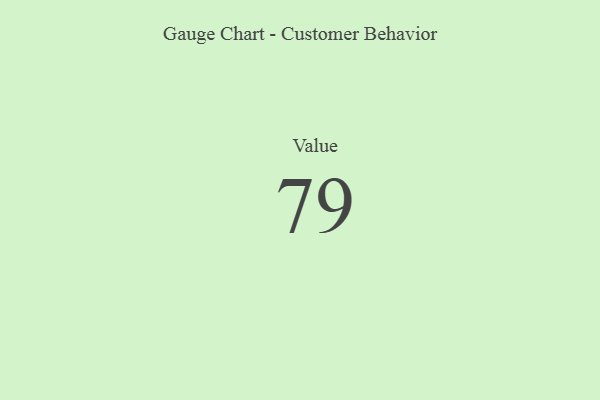
{"axis": {"x": "Metric", "y": "Value"}, "legend": [""], "data": [{"x": "Value", "y": 79, "type": ""}]}